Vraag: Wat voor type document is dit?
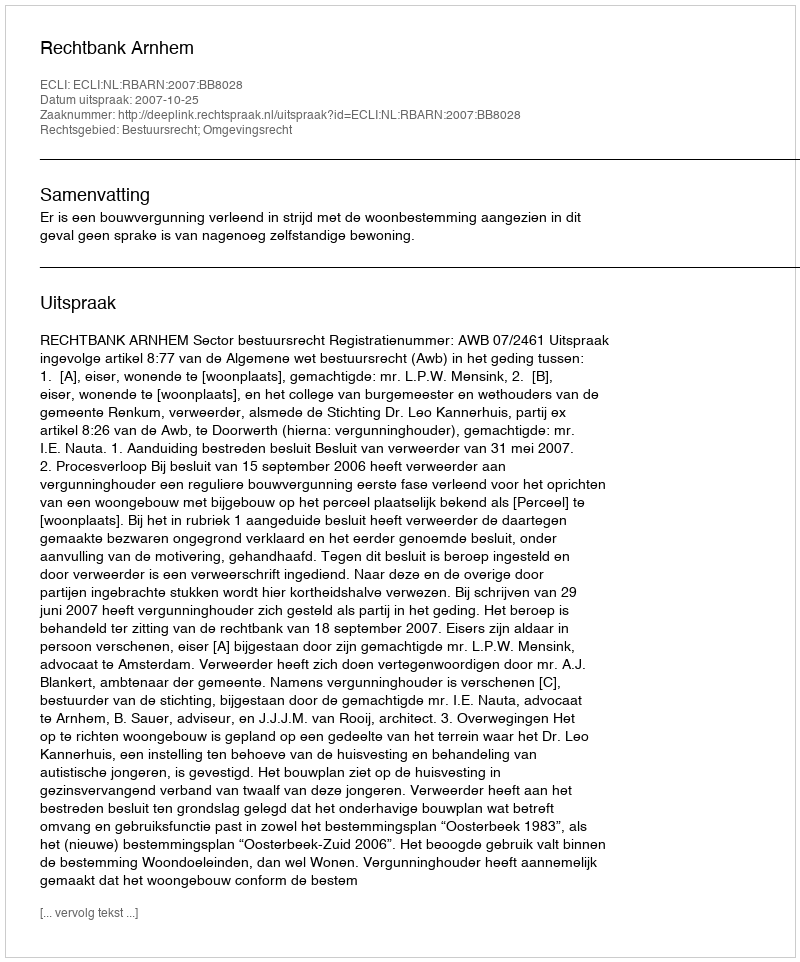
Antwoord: Uitspraak